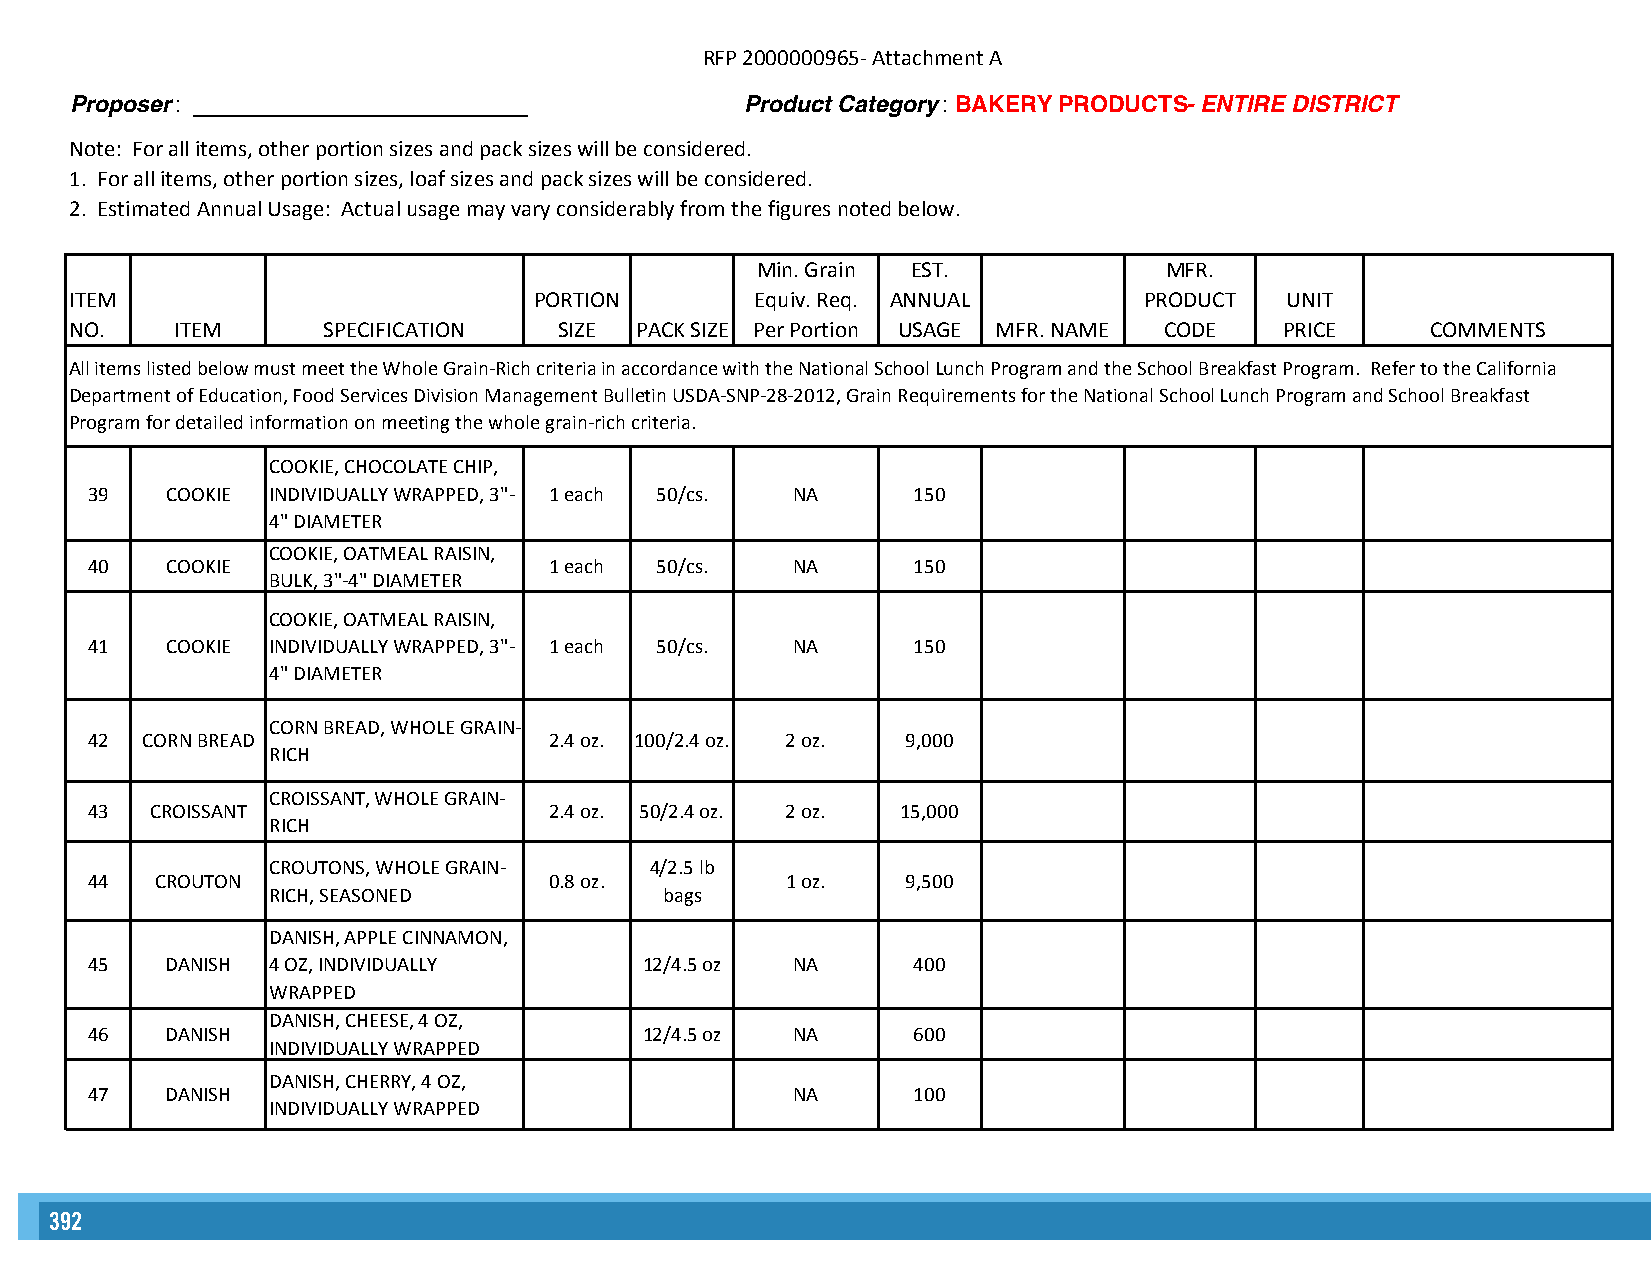
RFP 2000000965- Attachment A
 Proposer : __________________________       Product Category : BAKERY PRODUCTS- ENTIRE DISTRICT
 Note: For all items, other portion sizes and pack sizes will be considered.
 1. For all items, other portion sizes, loaf sizes and pack sizes will be considered.
 2. Estimated Annual Usage: Actual usage may vary considerably from the figures noted below.
 Min. Grain EST.            MFR.
 ITEM                          PORTION        Equiv. Req. ANNUAL        PRODUCT  UNIT
 NO.    ITEM     SPECIFICATION   SIZE PACK SIZE Per Portion USAGE MFR. NAME CODE PRICE     COMMENTS
 All items listed below must meet the Whole Grain-Rich criteria in accordance with the National School Lunch Program and the School Breakfast Program. Refer to the California
 Department of Education, Food Services Division Management Bulletin USDA-SNP-28-2012, Grain Requirements for the National School Lunch Program and School Breakfast
 Program for detailed information on meeting the whole grain-rich criteria.
 COOKIE, CHOCOLATE CHIP,
 39   COOKIE INDIVIDUALLY WRAPPED, 3"- 1 each 50/cs. NA 150
 4" DIAMETER
 COOKIE, OATMEAL RAISIN,
 40   COOKIE                   1 each 50/cs.   NA      150
 BULK, 3"-4" DIAMETER
 COOKIE, OATMEAL RAISIN,
 41   COOKIE INDIVIDUALLY WRAPPED, 3"- 1 each 50/cs. NA 150
 4" DIAMETER
 CORN BREAD, WHOLE GRAIN-
 42 CORN BREAD                 2.4 oz. 100/2.4 oz. 2 oz. 9,000
 RICH
 CROISSANT, WHOLE GRAIN-
 43  CROISSANT                 2.4 oz. 50/2.4 oz. 2 oz. 15,000
 RICH
 CROUTONS, WHOLE GRAIN-   4/2.5 lb
 44  CROUTON                   0.8 oz.         1 oz.   9,500
 RICH, SEASONED            bags
 DANISH, APPLE CINNAMON,
 45   DANISH 4 OZ, INDIVIDUALLY       12/4.5 oz NA     400
 WRAPPED
 DANISH, CHEESE, 4 OZ,
 46   DANISH                          12/4.5 oz NA     600
 INDIVIDUALLY WRAPPED
 DANISH, CHERRY, 4 OZ,
 47   DANISH                                   NA      100
 INDIVIDUALLY WRAPPED
 392